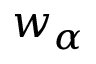
w _ { \alpha }